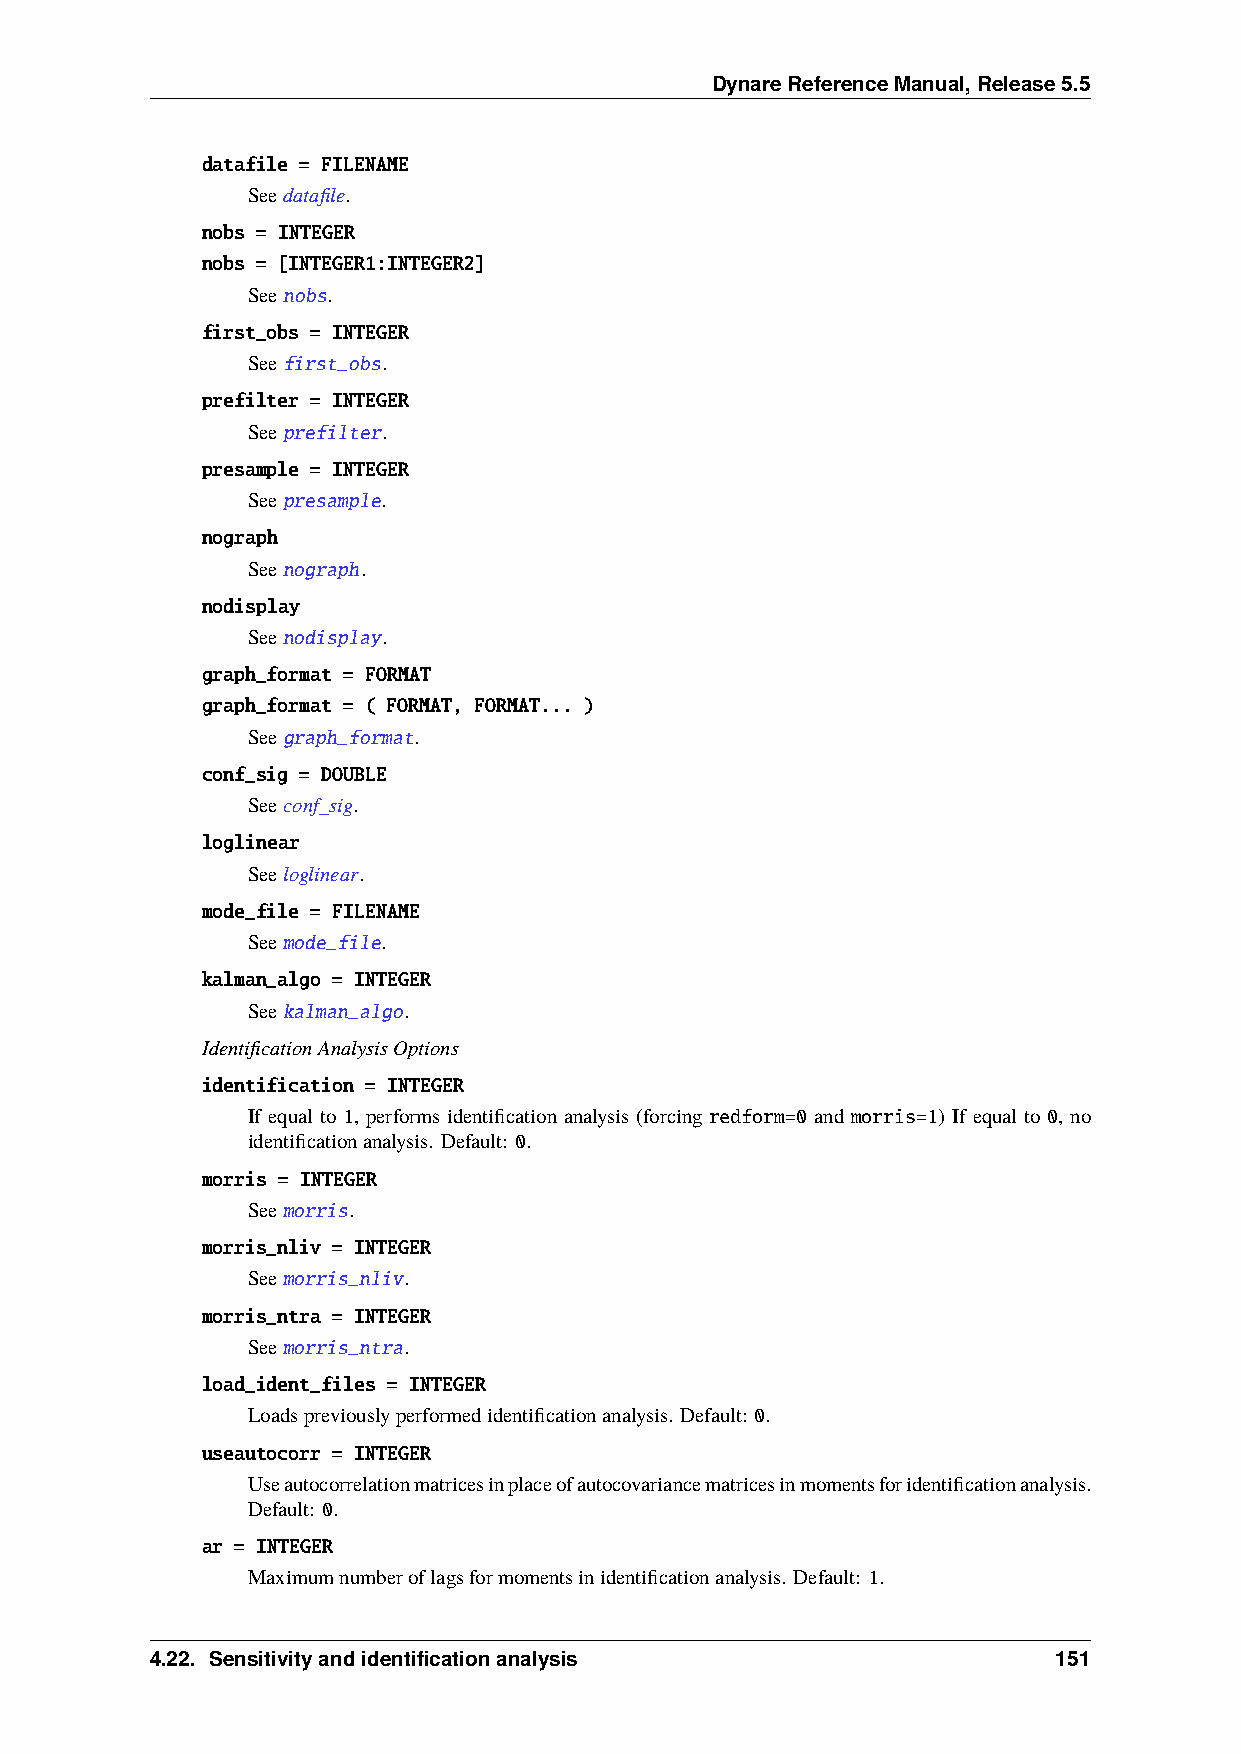
DynareReferenceManual,Release5.5
 datafile = FILENAME
 Seedatafile.
 nobs = INTEGER
 nobs = [INTEGER1:INTEGER2]
 Seenobs.
 first_obs = INTEGER
 Seefirst_obs.
 prefilter = INTEGER
 Seeprefilter.
 presample = INTEGER
 Seepresample.
 nograph
 Seenograph.
 nodisplay
 Seenodisplay.
 graph_format = FORMAT
 graph_format = ( FORMAT, FORMAT... )
 Seegraph_format.
 conf_sig = DOUBLE
 Seeconf_sig.
 loglinear
 Seeloglinear.
 mode_file = FILENAME
 Seemode_file.
 kalman_algo = INTEGER
 Seekalman_algo.
 IdentificationAnalysisOptions
 identification = INTEGER
 If equal to 1, performs identification analysis (forcing redform=0 and morris=1) If equal to 0, no
 identificationanalysis. Default: 0.
 morris = INTEGER
 Seemorris.
 morris_nliv = INTEGER
 Seemorris_nliv.
 morris_ntra = INTEGER
 Seemorris_ntra.
 load_ident_files = INTEGER
 Loadspreviouslyperformedidentificationanalysis. Default: 0.
 useautocorr = INTEGER
 Useautocorrelationmatricesinplaceofautocovariancematricesinmomentsforidentificationanalysis.
 Default: 0.
 ar = INTEGER
 Maximumnumberoflagsformomentsinidentificationanalysis. Default: 1.
 4.22. Sensitivityandidentificationanalysis                  151